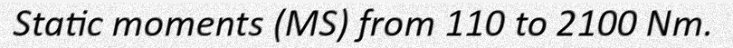
Static moments (MS) from 110 to 2100 Nm.